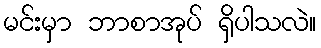
မင်းမှာ ဘာစာအုပ် ရှိပါသလဲ။